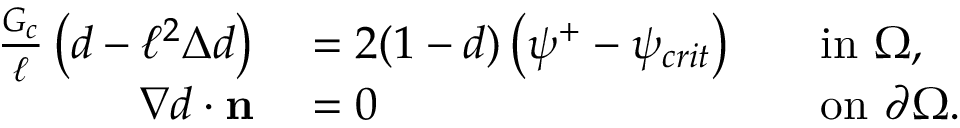
\begin{array} { r l r l } { \frac { G _ { c } } { \ell } \left( d - \ell ^ { 2 } \Delta d \right) } & { { } = 2 ( 1 - d ) \left( \psi ^ { + } - \psi _ { c r i t } \right) } & { } & { { } \mathrm { i n } \ \Omega , } \\ { \nabla d \cdot \mathbf { n } } & { { } = 0 } & { } & { { } \mathrm { o n } \ \partial \Omega . } \end{array}